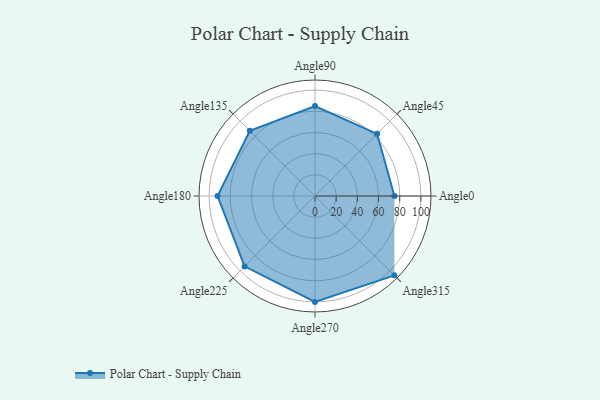
{"axis": {"x": "Angle", "y": "Radius"}, "legend": [""], "data": [{"x": "Angle0", "y": 75.0, "type": ""}, {"x": "Angle45", "y": 83.0, "type": ""}, {"x": "Angle90", "y": 85.0, "type": ""}, {"x": "Angle135", "y": 87.0, "type": ""}, {"x": "Angle180", "y": 92.0, "type": ""}, {"x": "Angle225", "y": 94.0, "type": ""}, {"x": "Angle270", "y": 100.0, "type": ""}, {"x": "Angle315", "y": 106.0, "type": ""}]}